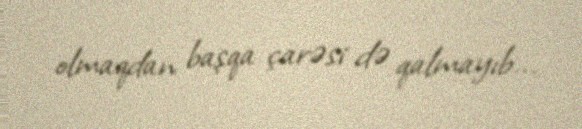
olmaqdan başqa çarəsi də qalmayıb...